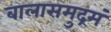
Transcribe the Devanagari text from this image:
बालासमुद्रमं